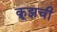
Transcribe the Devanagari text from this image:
क्रूझची